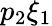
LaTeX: p_{2}\xi_{1}